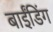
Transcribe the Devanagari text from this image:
बाईंडिंग